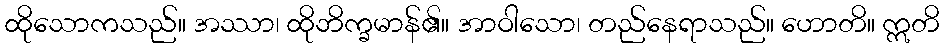
ထိုသောကသည်။ အဿာ၊ ထိုဘိက္ခမာန်၏။ အာဝါသော၊ တည်နေရာသည်။ ဟောတိ။ ဣတိ